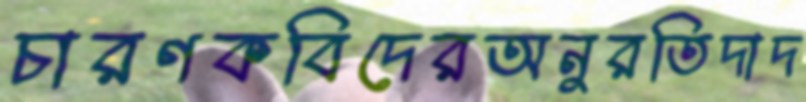
চারণকবিদেরঅনুরতিদাদ